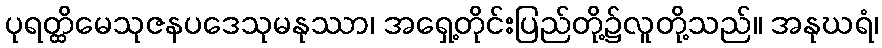
ပုရတ္ထိမေသုဇနပဒေသုမနုဿာ၊ အရှေ့တိုင်းပြည်တို့၌လူတို့သည်။ အနုဃရံ၊